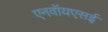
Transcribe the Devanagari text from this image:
एनवॉयएसई